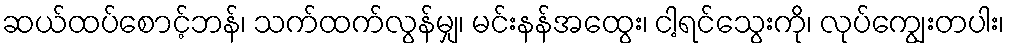
ဆယ်ထပ်စောင့်ဘန်၊ သက်ထက်လွန်မျှ၊ မင်းနန်အထွေး၊ ငါ့ရင်သွေးကို၊ လုပ်ကျွေးတပါး၊